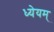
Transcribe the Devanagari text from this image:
ध्येयम्‌